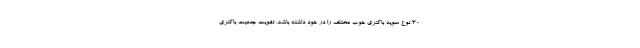
30 نوع سویه باکتری خوب مختلف را در خود داشته باشد. تقویت جمعیت باکتری